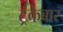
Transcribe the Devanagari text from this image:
ट्रंकेबार